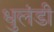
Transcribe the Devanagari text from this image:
धुलंडी